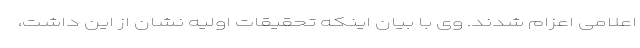
اعلامی اعزام شدند. وی با بیان اینکه تحقیقات اولیه نشان از این داشت،